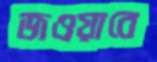
জওয়াবে